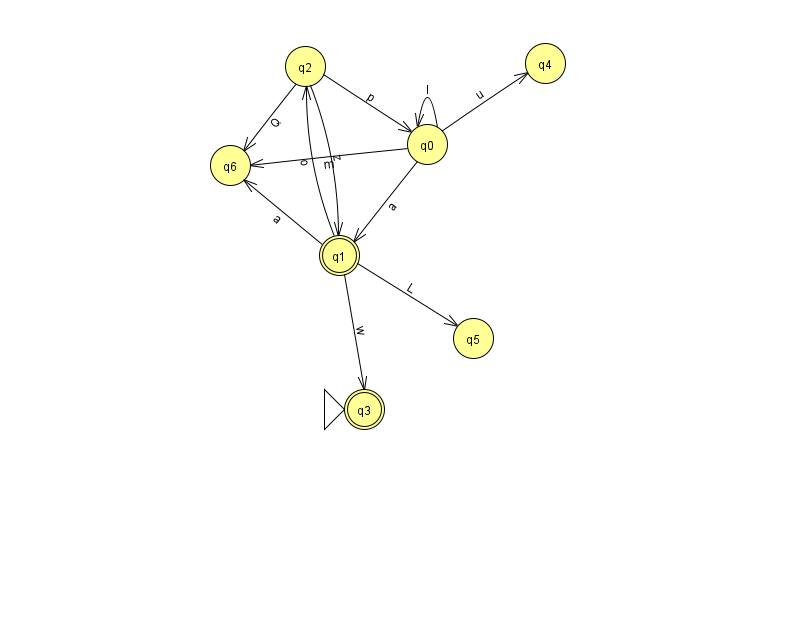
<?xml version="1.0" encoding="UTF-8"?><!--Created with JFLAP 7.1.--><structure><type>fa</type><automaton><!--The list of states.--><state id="0" name="q0"><x>427.0</x><y>131.0</y></state><state id="1" name="q1"><x>339.0</x><y>242.0</y><final/></state><state id="2" name="q2"><x>305.0</x><y>53.0</y></state><state id="3" name="q3"><x>364.0</x><y>396.0</y><initial/><final/></state><state id="4" name="q4"><x>545.0</x><y>50.0</y></state><state id="5" name="q5"><x>473.0</x><y>325.0</y></state><state id="6" name="q6"><x>230.0</x><y>152.0</y></state><!--The list of transitions.--><transition><from>1</from><to>3</to><read>w</read></transition><transition><from>0</from><to>4</to><read>u</read></transition><transition><from>2</from><to>1</to><read>z</read></transition><transition><from>0</from><to>0</to><read>I</read></transition><transition><from>1</from><to>5</to><read>L</read></transition><transition><from>2</from><to>0</to><read>p</read></transition><transition><from>1</from><to>2</to><read>o</read></transition><transition><from>1</from><to>6</to><read>a</read></transition><transition><from>0</from><to>1</to><read>a</read></transition><transition><from>0</from><to>6</to><read>m</read></transition><transition><from>2</from><to>6</to><read>Q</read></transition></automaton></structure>